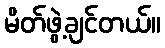
မိတ်ဖွဲ့ချင်တယ်။